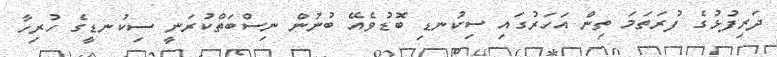
ދަރިފުޅުގެ ފުރަތަމަ ތިން އަހަރުގައި ސިކުނޑި ބޮޑުވެއޭ ބުނުން ނިސްބަތްކުރަނީ ސިކުނޑީގެ ހުރިހާ